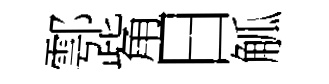
鄠觜日觚